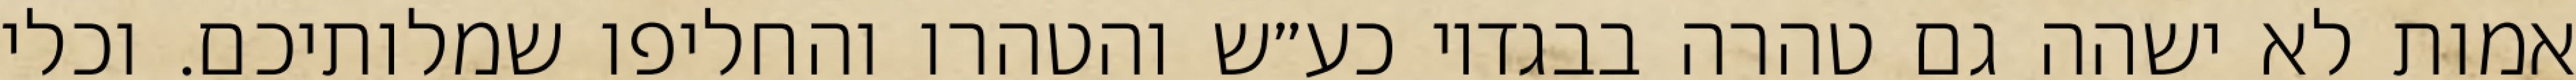
אמות לא ישהה גם טהרה בבגדיו כע״ש והטהרו והחליפו שמלותיכם. וכלי